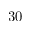
3 0